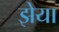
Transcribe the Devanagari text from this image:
झेया